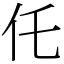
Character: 仛